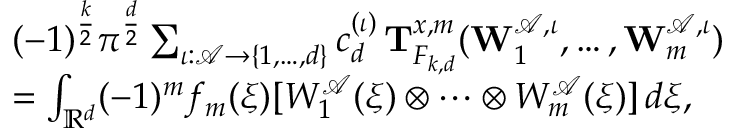
\begin{array} { r l } & { ( - 1 ) ^ { \frac { k } { 2 } } \pi ^ { \frac { d } { 2 } } \sum _ { \iota : \mathscr { A } \to \{ 1 , \ldots , d \} } c _ { d } ^ { ( \iota ) } \, \mathbf T _ { F _ { k , d } } ^ { x , m } ( \mathbf W _ { 1 } ^ { \mathscr { A } , \iota } , \ldots , \mathbf W _ { m } ^ { \mathscr { A } , \iota } ) } \\ & { = \int _ { \mathbb R ^ { d } } ( - 1 ) ^ { m } f _ { m } ( \xi ) [ W _ { 1 } ^ { \mathscr A } ( \xi ) \otimes \cdots \otimes W _ { m } ^ { \mathscr A } ( \xi ) ] \, d \xi , } \end{array}